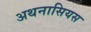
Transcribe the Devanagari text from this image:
अथनासियस